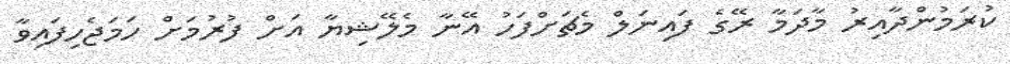
ކުރަމުންދާއިރު މާދަމާ ރޭގެ ފައިނަލް މެޗަށްފަހު އޭނާ މެލޭޝިޔާ އަށް ފުރުމަށް ހަމަޖެހިފައިވާ